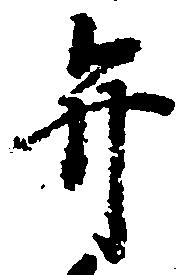
弁